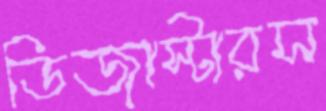
ডিজাস্টারস